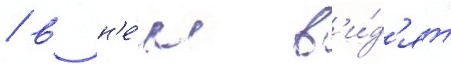
/ в н'е́м в'и́д'ят